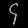
Digit: ၄